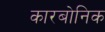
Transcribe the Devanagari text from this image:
कारबोनिक